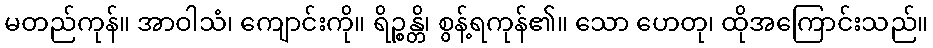
မတည်ကုန်။ အာဝါသံ၊ ကျောင်းကို။ ရိဉ္စန္တိ၊ စွန့်ရကုန်၏။ သော ဟေတု၊ ထိုအကြောင်းသည်။